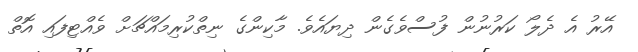
އޭރު އެ ދެލޯ ކަރުނުން ފުސްވެގެން ދިޔައެވެ. މާކިންގެ ނިތްކުރިމައްޗަށް ވެއްޓިފައި އޮތް